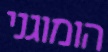
הומוגני